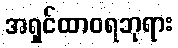
အရှင်ထာဝရဘုရား